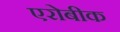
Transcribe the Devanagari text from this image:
एरोबीक